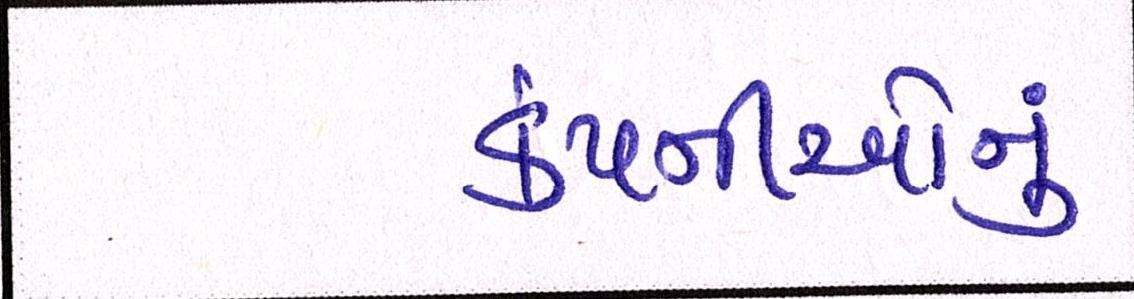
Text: કંપનીઓનું